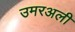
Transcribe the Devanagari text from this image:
उमरअली